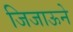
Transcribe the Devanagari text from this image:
जिजाऊने